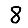
Digit: 8